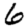
Digit: 6